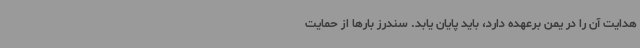
هدایت آن را در یمن برعهده دارد، باید پایان یابد. سندرز بارها از حمایت